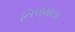
નિલમાતા